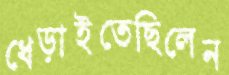
ধেড়াইতেছিলেন